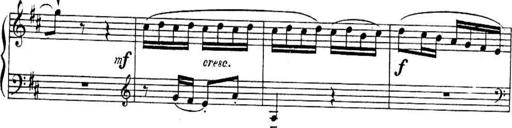
Title: Sonatines
Composer: Hedwige ChrÃ©tien